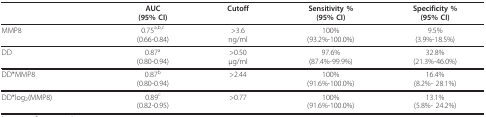
|  | AUC(95% CI) | Cutoff | Sensitivity %(95% CI) | Specificity %(95% CI) |
 | --- | --- | --- | --- | --- |
 | MMP8 | 0.75a,b,c(0.66-0.84) | >3.6ng/ml | 100%(93.2%-100.0%) | 9.5%(3.9%-18.5%) |
 | DD | 0.87a(0.80-0.94) | >0.50μg/ml | 97.6%(87.4%-99.9%) | 32.8%(21.3%-46.0%) |
 | DD*MMP8 | 0.87b(0.80-0.94) | >2.44 | 100%(91.6%-100.0%) | 16.4%(8.2%- 28.1%) |
 | DD*log2(MMP8) | 0.89c(0.82-0.95) | >0.77 | 100%(91.6%-100.0%) | 13.1%(5.8%- 24.2%) |